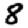
Digit: 8